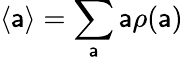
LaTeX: \langle\mathsf{a}\rangle=\sum_{\mathsf{a}}\mathsf{a}\rho(\mathsf{a})